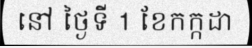
នៅ ថ្ងៃទី 1 ខែកក្កដា